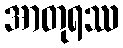
အာတုရဿ